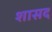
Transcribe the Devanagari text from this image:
शासद